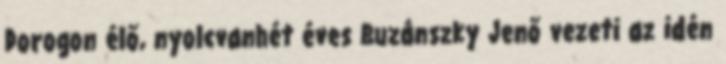
Dorogon élő, nyolcvanhét éves Buzánszky Jenő vezeti az idén